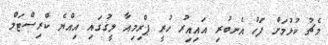
މެޗު ކުޅުމަށް ފަހު އެނބުރި އައިއިރު ހުރީ ޕްރިމިއާ ލީގުގައި އިއްޔެ ކްރިސްޓަލް